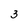
Character: 3